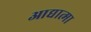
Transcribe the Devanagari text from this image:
आद्यात्मा